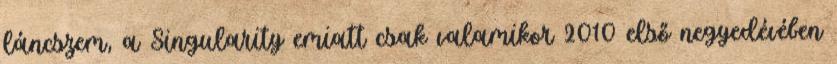
láncszem, a Singularity emiatt csak valamikor 2010 első negyedévében